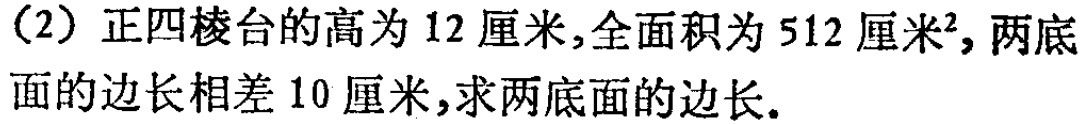
（2）正四棱台的高为 12 厘米,全面积为 512 厘米²,两底面的边长相差 10 厘米,求两底面的边长.